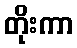
တိုးကာ